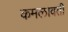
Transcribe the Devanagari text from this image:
कमलावती